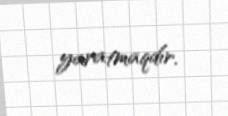
yaratmaqdır.